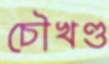
চৌখণ্ড